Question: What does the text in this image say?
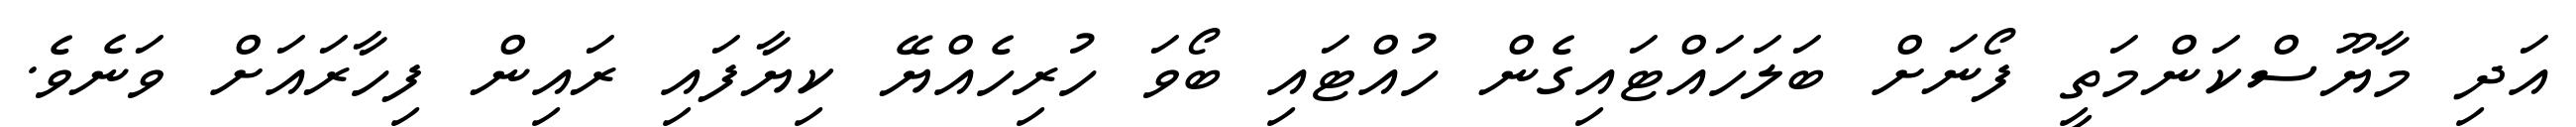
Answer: އަދި މާޔޫސްކަންމަތީ ފޯނަށް ބަލަހައްޓައިގެން ހުއްޓައި ބޯވަ ހުރިހެއްޔޭ ކިޔާފައި ރައިން ފިހާރައަށް ވަނެވެ.